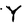
Character: Y